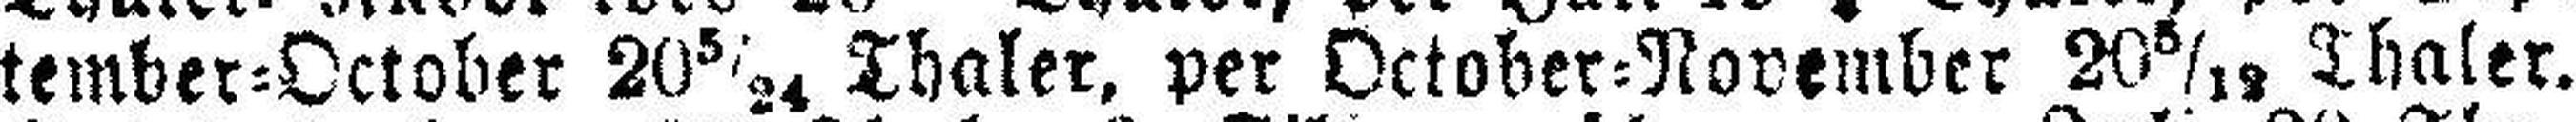
tember=October 20 5/24 Thaler, per October=November 20 5/12 Thaler.